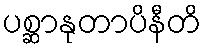
ပစ္ဆာနုတာပိနီတိ